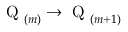
\mathrm { ~ Q ~ } _ { ( m ) } \to \mathrm { ~ Q ~ } _ { ( m + 1 ) }